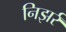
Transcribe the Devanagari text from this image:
निझर्र